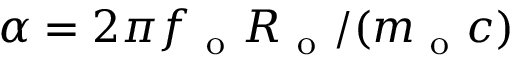
\alpha = 2 \pi f _ { \mathrm { ~ o ~ } } R _ { \mathrm { ~ o ~ } } / ( m _ { \mathrm { ~ o ~ } } c )